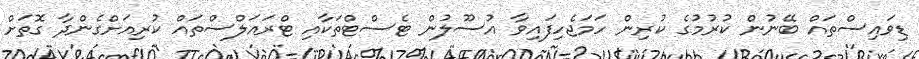
ޑިވައިސްތައް ބޭނުން ކުރުމުގެ ކުރިން ހަމަޖެހިފައިވާ އުސޫލުން ޓެސްޓްތަކާއި ޓްރައަލްސްތައް ކުރިއަށްގެންދާ ގޮތަށް